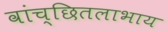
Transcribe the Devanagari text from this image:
वांच्छितलाभाय